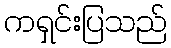
ကရှင်းပြသည်